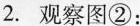
2.观察图②：